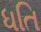
ધતિ